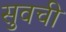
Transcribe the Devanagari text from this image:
सुवची